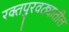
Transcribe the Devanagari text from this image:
रक्तपुरवठ्यातील